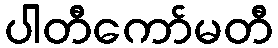
ပါတီကော်မတီ